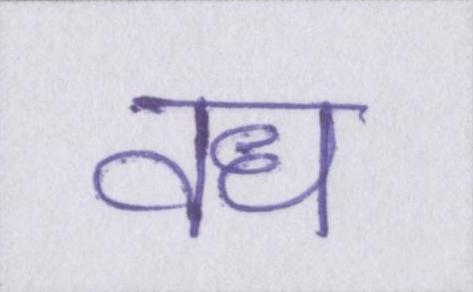
वध